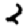
Digit: 2